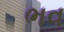
ભવ